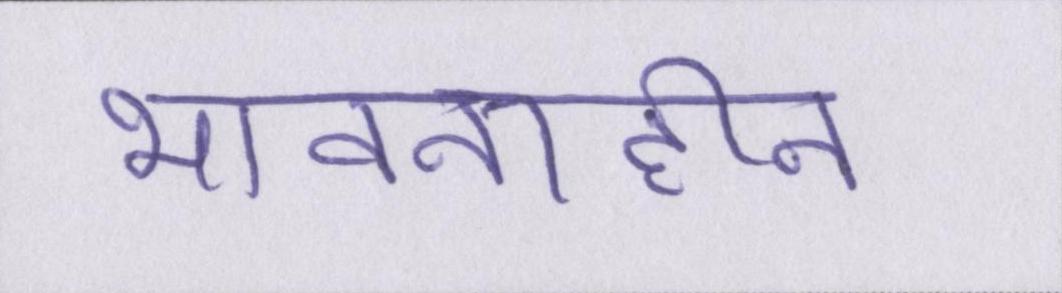
भावनाहीन